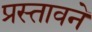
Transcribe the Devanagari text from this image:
प्रस्तावने